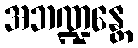
အဘဏ္ဍန္တေ